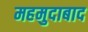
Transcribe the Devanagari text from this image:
महमुदाबाद